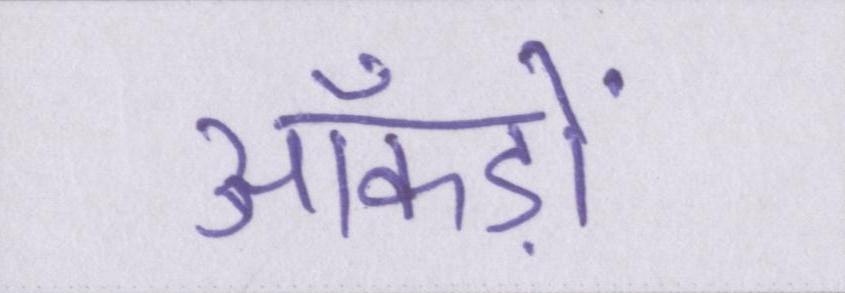
आँकड़ों